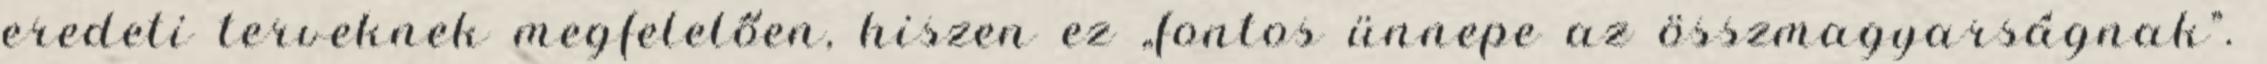
eredeti terveknek megfelelően, hiszen ez „fontos ünnepe az összmagyarságnak”.